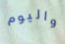
واليوم